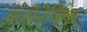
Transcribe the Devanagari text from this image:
क्लोनेर्जिक